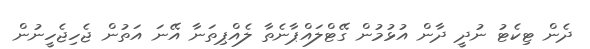
ދެން ޓިކެޓު ނުދީ ދާން އުޅުމުން ގޭޓްލައްޕާނެތާ ލެއްޕިތަނާ އޭނަ އަތުން ޖެހިޖެހީނުން